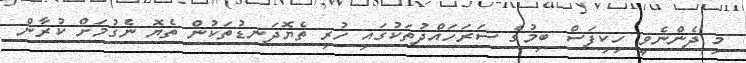
މި ދެންނެވީ ހިކިފަސް ބިމުގެ ސަރަހައްދުތަކުގައި ހުރި ތެޔޮދަނޑުތަކުން ތެޔޮ ނެގުމަށް ކުރާން